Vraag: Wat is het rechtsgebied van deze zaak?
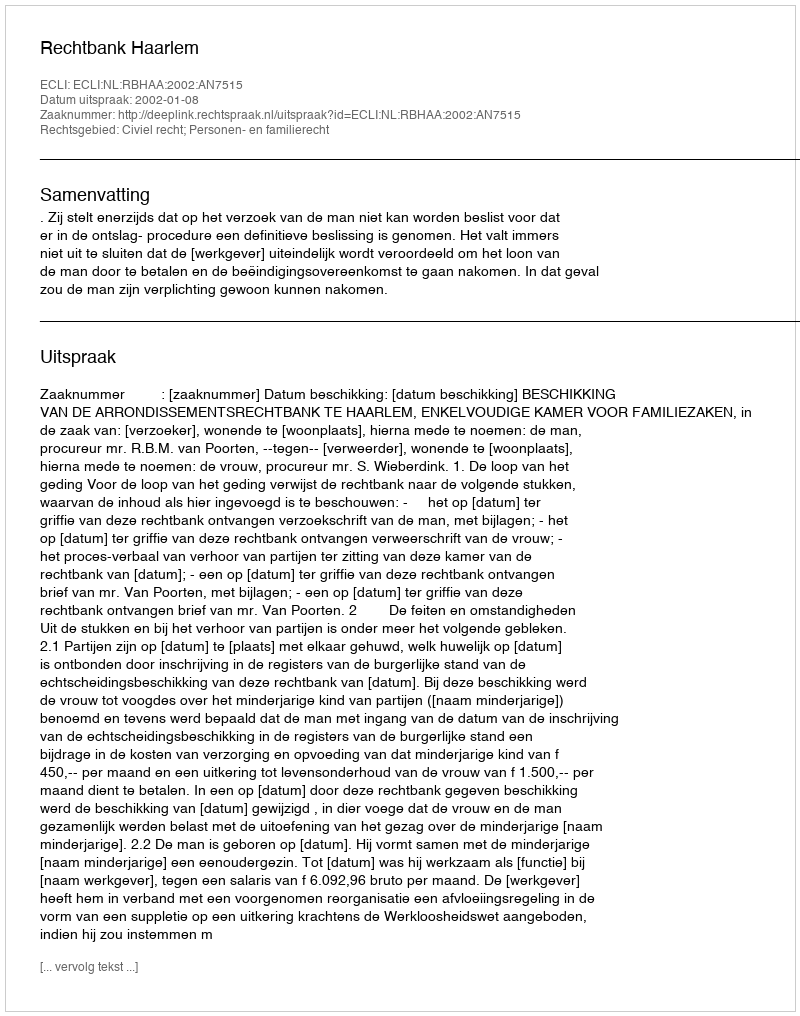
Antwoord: Civiel recht; Personen- en familierecht